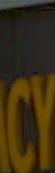
ECU